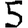
Digit: 5